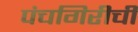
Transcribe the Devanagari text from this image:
पंचगिरीची